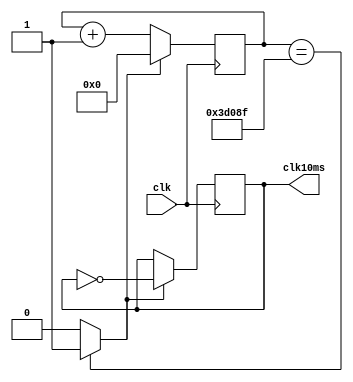
module m_10ms_clk(input clk, output clk10ms);
	reg [19:0] cnt;
	reg r10ms;
	wire wcout;
	
	assign wcout=(cnt==20'd249999) ? 1'b1 : 1'b0;
	assign clk10ms=r10ms;
	always @(posedge clk) begin
		if(wcout==1'b1) begin
			cnt=0;
			r10ms=~r10ms;
		end
		else begin
			cnt = cnt+1;
		end
	end
endmodule
module
module m_stop_watch(
	input clk,    // 1/100 second clock
	input start_sw,   // bool switch of start/stop
	input n_reset,  // reset negative bool
	output [7:0] min,   // BCD2digists for min
	output [7:0] sec,    // BCD 2 digists for sec
	output [7:0] msec,   // BCD 2 digists for msec
	output run_led      // showing LED
	);
	
	reg r_run;
	wire [5:0] carry;
	wire [7:0] w_min;
	wire [7:0] w_sec;
	wire [7:0] w_msec;
	
	assign run_led=r_run;
	assign min=w_min;
	assign sec=w_sec;
	assign msec=w_msec;
	always @(posedge start_sw) begin
		r_run = ~r_run;
	end
	
	m_universal_counter #(9) u0(clk, n_reset, r_run, carry[0], w_msec[3:0]); // 1/100 sec
	m_universal_counter #(9) u1(clk, n_reset, carry[0],carry[1], w_msec[7:4]); // 1/10 sec
	m_universal_counter #(9) u2(clk, n_reset, carry[1],carry[2], w_sec[3:0]); // 1 sec
	m_universal_counter #(5) u3(clk, n_reset, carry[2],carry[3], w_sec[7:4]); // 10 sec
	m_universal_counter #(9) u4(clk, n_reset, carry[3],carry[4], w_min[3:0]); // 1 min
	m_universal_counter #(5) u5(clk, n_reset, carry[4],carry[5], w_min[7:4]); // 10 min
	
	endmodule